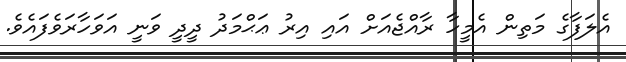
އެލަފާގެ މަތިން އެމީހާ ރާއްޖެއަށް އައި އިރު ޢަޙްމަދު ދީދީ ވަނީ އަވަހާރަވެފައެވެ.